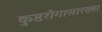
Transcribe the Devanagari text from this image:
कुष्ठरोगासारख्या